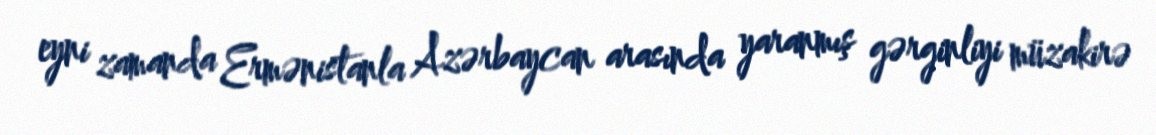
eyni zamanda Ermənistanla Azərbaycan arasında yaranmış gərginliyi müzakirə